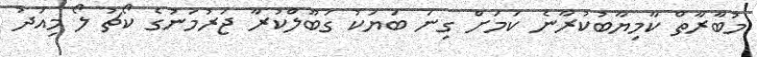
މުބާރާތް ކާމިޔާބުކުރާނެ ކަމަށް ގިނަ ބަޔަކު ގަބޫލްކުރާ ޖަރުމަނުގެ ކޯޗު ލޯ މިއަދު